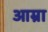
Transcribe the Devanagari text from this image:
आम्रा